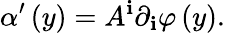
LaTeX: \alpha^{\prime}\left(y\right)=A^{\mathbf{i}}\partial_{\mathbf{i}}\varphi\left(y\right).